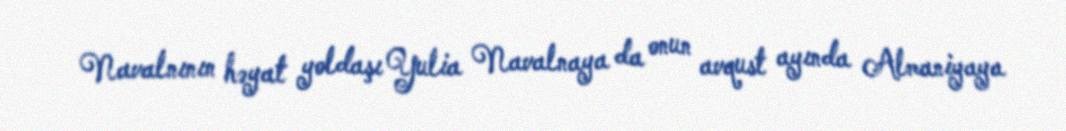
Navalnının həyat yoldaşı Yulia Navalnaya da onun avqust ayında Almaniyaya